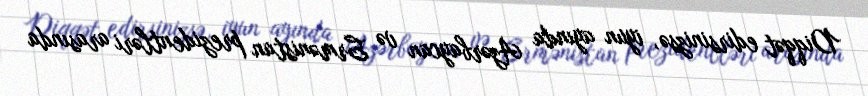
Diqqət edirsinizsə, iyun ayında Azərbaycan və Ermənistan prezidentləri arasında